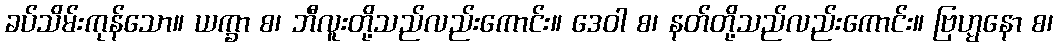
ခပ်သိမ်းကုန်သော။ ယက္ခာ စ၊ ဘီလူးတို့သည်လည်းကောင်း။ ဒေဝါ စ၊ နတ်တို့သည်လည်းကောင်း။ ဗြဟ္မနော စ၊